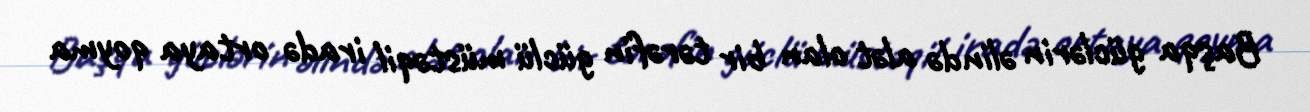
Başqa güclərin əlində alət olan bir tərəfin güclü müstəqil iradə ortaya qoyma